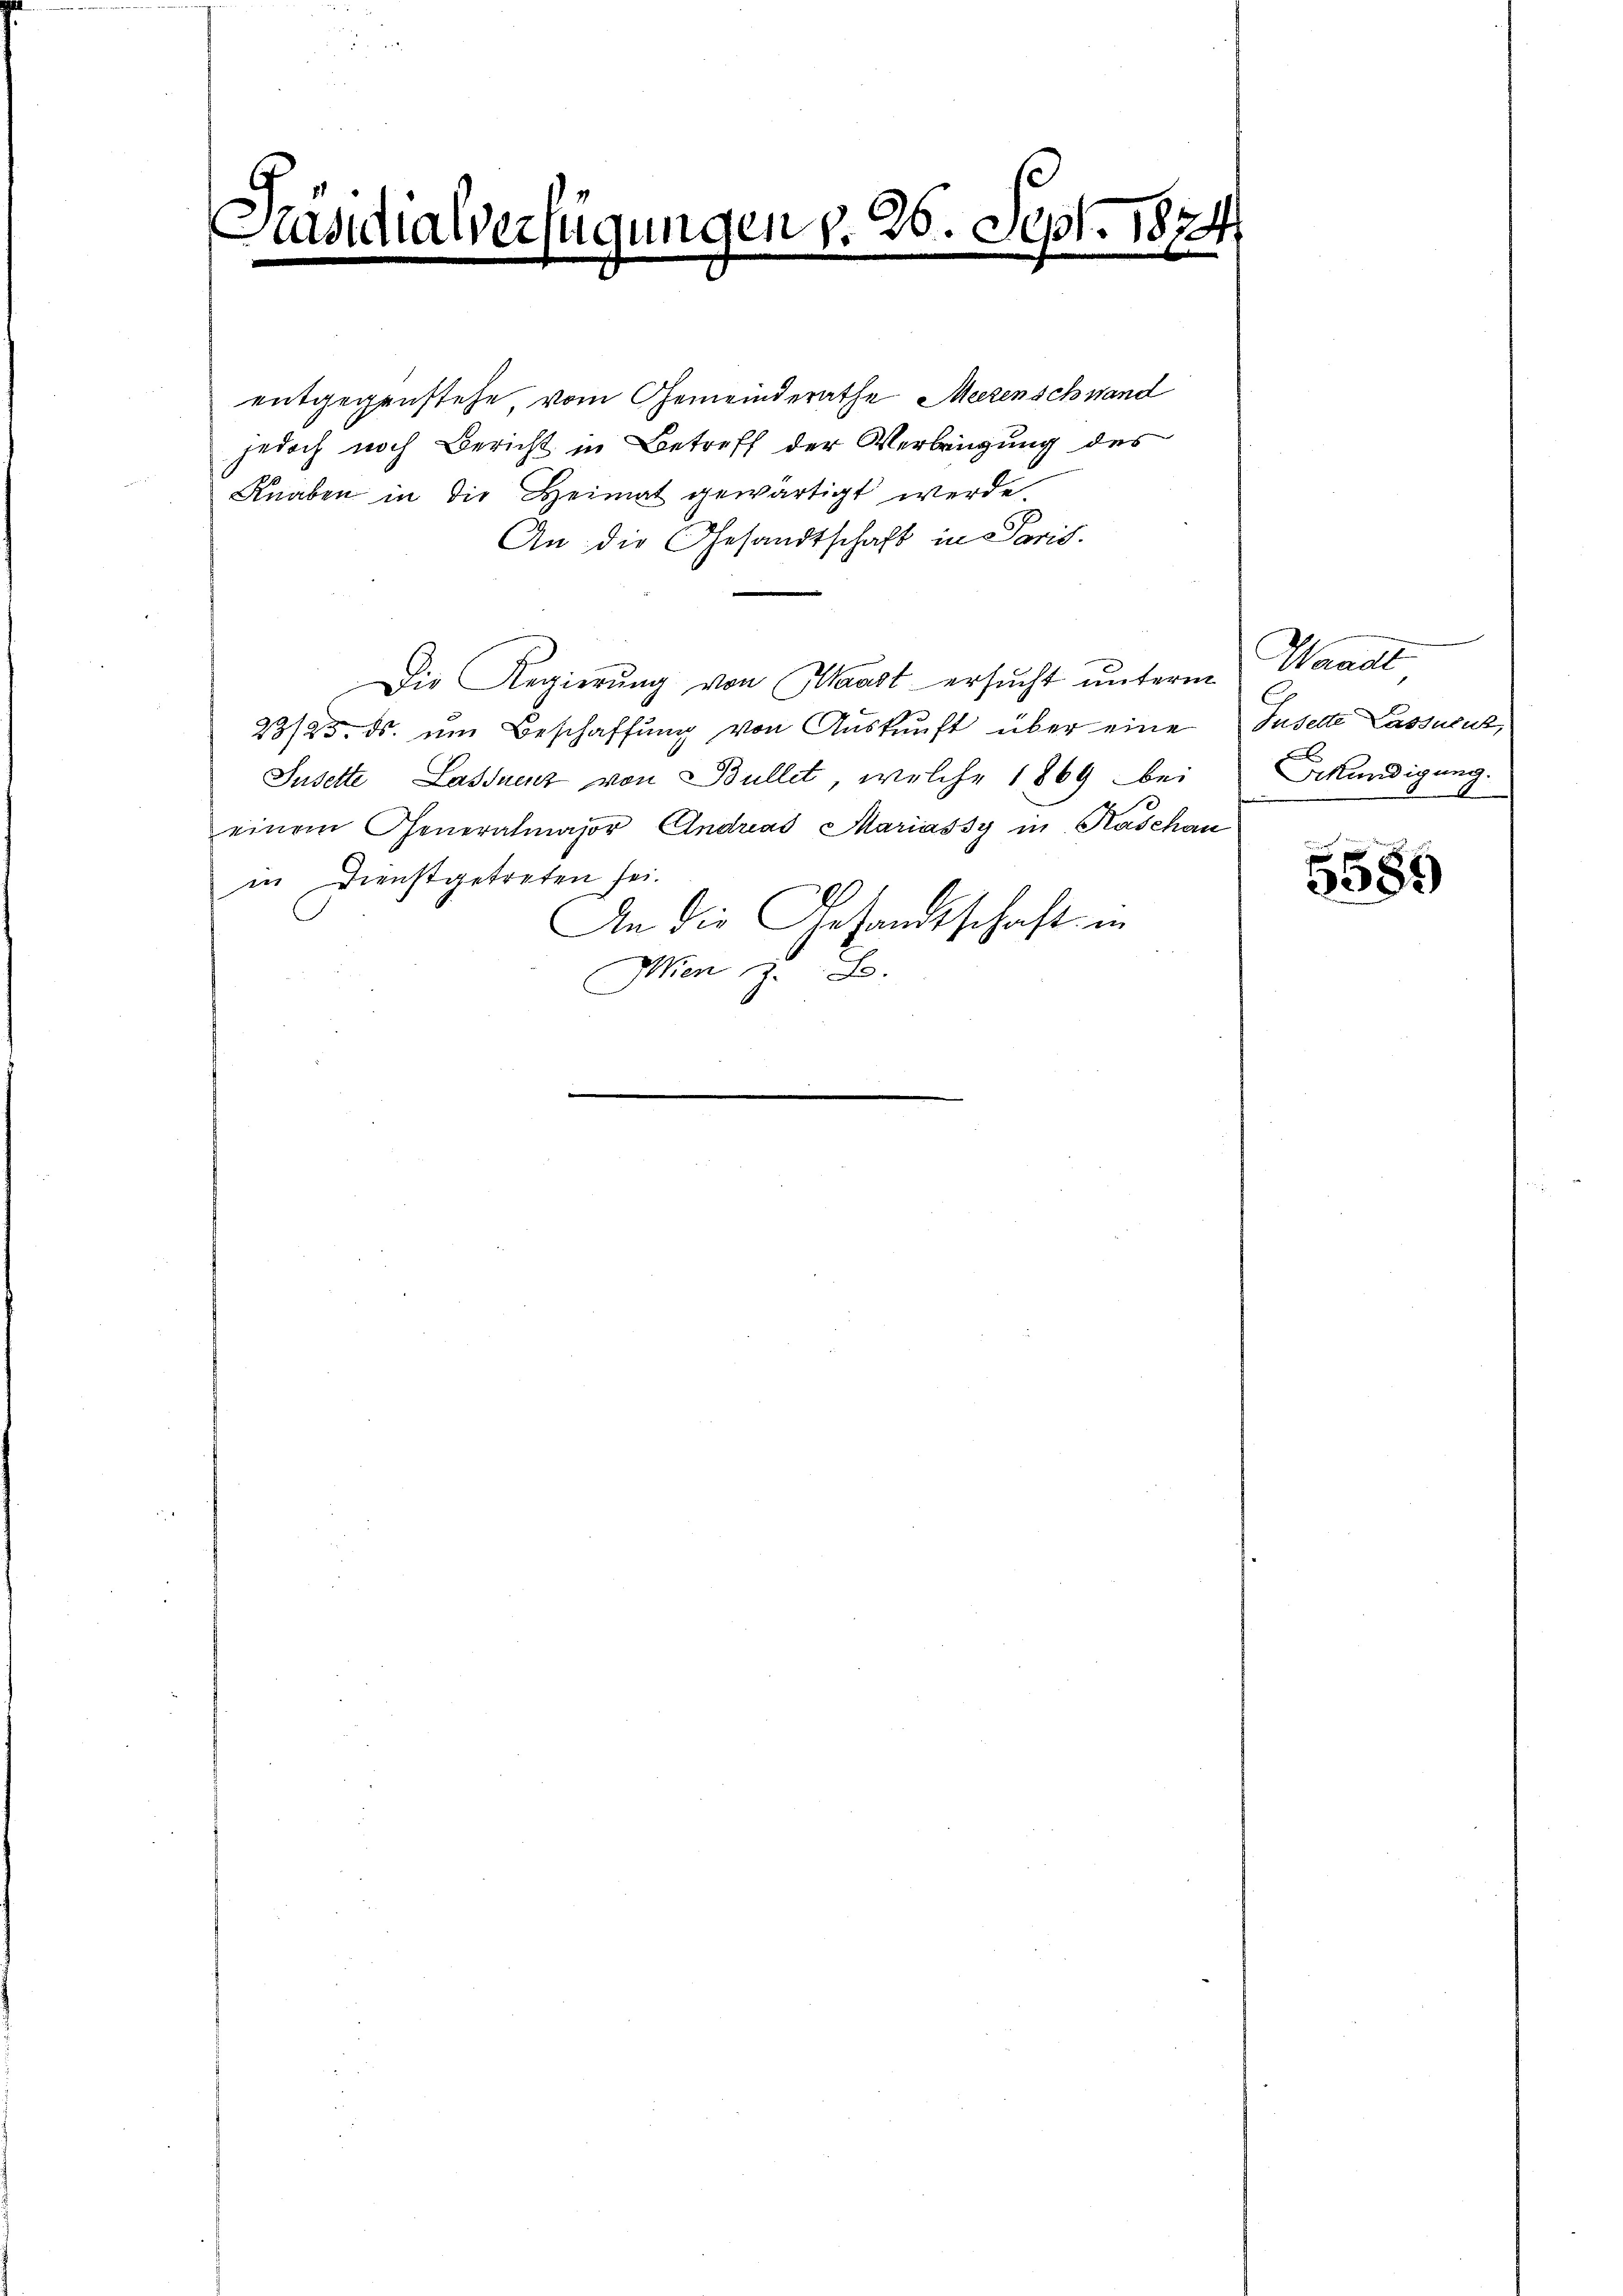
Padis

alverfügungen d. 26. Sept. 187
menheit |

entgegenstehe, vom Gemeinderathe Meerenschwand
jedoch noch Bericht in Betreff der Verbringung des
Knaben in die Heimat gewärtigt werde.
An die Gesandtschaft in Paris.
Die Regierŭng von Maast ersŭcht unterm Waadt
23/25. ds. ŭm Beschaffŭng von Aŭskŭnft über eine Juselte Lassecuz,
Suselte Lastenz von Bullet, welche 1869 bei
einem Generalmajor Andreas Mariassy in Kaschau
in Dienstgetreten sei.
An die Gesandtschaft in
Men z. B.

Sekundigung.

5589